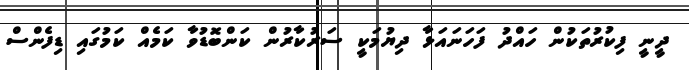
ދީނީ ފިކުރުތަކުން ހައްދު ފަހަނައަޅާ ދިޔުމަކީ ސަރުކާރުން ކަންބޮޑުވާ ކަމެއް ކަމުގައި ޑިފެންސް